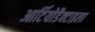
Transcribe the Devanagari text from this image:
आर्टियोडैक्टाइला